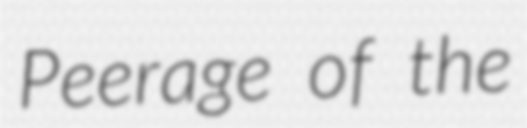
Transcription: Peerage of the